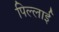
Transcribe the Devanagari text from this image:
पिल्लाई